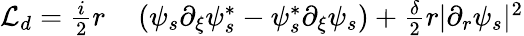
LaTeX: \begin{array}{rl}{\mathcal{L}_{d}=\frac{i}{2}r}&{{}\left(\psi_{s}\partial_{\xi}\psi_{s}^{*}-\psi_{s}^{*}\partial_{\xi}\psi_{s}\right)+\frac{\delta}{2}r|\partial_{r}\psi_{s}|^{2}}\end{array}